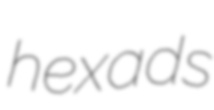
hexads